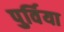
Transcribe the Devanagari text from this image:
पुर्विया